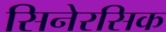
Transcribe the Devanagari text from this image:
सिनेरसिक